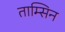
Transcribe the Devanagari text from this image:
ताम्सिन